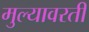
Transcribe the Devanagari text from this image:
मुल्यावरती